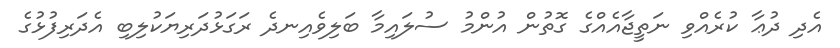
އެދި ދުޢާ ކުރެއްވި ނަތީޖާއެއްގެ ގޮތުން އުންމު ސުލައިމާ ބަލިވެއިނދެ ރަގަޅުދަރިޔަކުލިބި އެދަރިފުޅުގެ